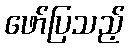
ဖော်ပြသည့်